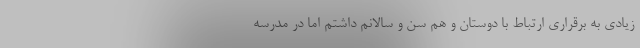
زیادی به برقراری ارتباط با دوستان و هم سن و سالانم داشتم اما در مدرسه